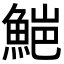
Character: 𮫻